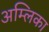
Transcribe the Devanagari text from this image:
अम्लिका